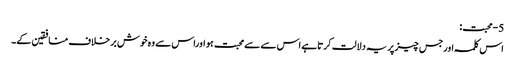
5-محبت:
اس کلمہ اورجس چیزپریہ دلالت کرتاہے اس سے سےمحبت ہو اوراس سے وہ خوش برخلاف منافقین کے۔